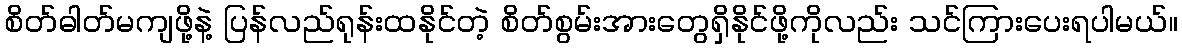
စိတ်ဓါတ်မကျဖို့နဲ့ ပြန်လည်ရုန်းထနိုင်တဲ့ စိတ်စွမ်းအားတွေရှိနိုင်ဖို့ကိုလည်း သင်ကြားပေးရပါမယ်။